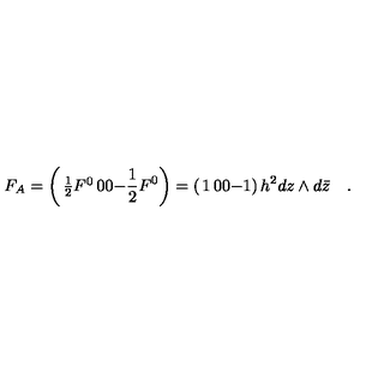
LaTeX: F _ { A } = \left( \begin{matrix} { { \frac { 1 } { 2 } } F ^ { 0 } } & { 0 } \\ { 0 } & { - { \frac { 1 } { 2 } } F ^ { 0 } } \\ \end{matrix} \right) = \left( \begin{matrix} { 1 } & { 0 } \\ { 0 } & { - 1 } \\ \end{matrix} \right) h ^ { 2 } d z \wedge d { \bar { z } } \quad .